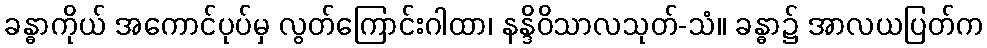
ခန္ဓာကိုယ် အကောင်ပုပ်မှ လွတ်ကြောင်းဂါထာ၊ နန္ဒိဝိသာလသုတ်-သံ။ ခန္ဓာ၌ အာလယပြတ်က